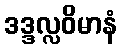
ဒဒ္ဒလ္လဝိမာနံ